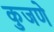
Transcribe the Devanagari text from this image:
कुजणे